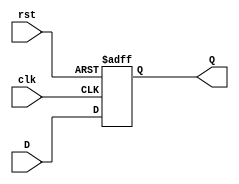
module Register #(parameter size =4)( clk,rst,D,Q);
input	wire 	[size-1:0] 	 D;
input	wire			 clk,rst;
output reg 	[size-1:0] 	 Q;
 always @(posedge clk or negedge rst)
  begin
   if (!rst)
   	Q<=0;
   else 
   	Q<=D;
  end		
endmodule